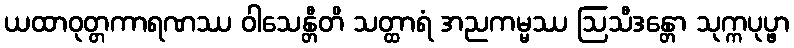
ယထာဝုတ္တကာရဏဿ ဝါသေန္တီတိ သတ္ထာရံ အညကမ္မဿ ဩသီဒန္တော သုက္ကပုပ္ဖာ